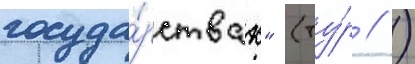
госуда́рствах" (ту́р // )